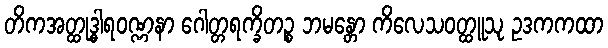
တိကအတ္ထုဒ္ဓါရဝဏ္ဏနာ ဂေါတ္တရက္ခိတဉ္စ ဘမန္တော ကိလေသဝတ္ထူသု ဥဒကကထာ